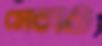
সেবাও